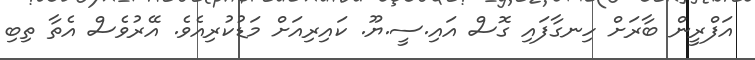
އަފްރީން ބާރަށް ހިނގާފައި ގޮސް އައި.ސީ.ޔޫ. ކައިރިއަށް މަޑުކުރިއެވެ. އޭރުވެސް އެތާ ތިބި